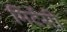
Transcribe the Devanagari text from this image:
मिर्टेसी